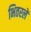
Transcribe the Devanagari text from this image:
भितरलें